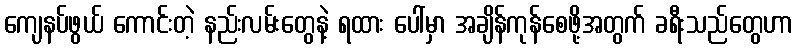
ကျေနပ်ဖွယ် ကောင်းတဲ့ နည်းလမ်းတွေနဲ့ ရထား ပေါ်မှာ အချိန်ကုန်စေဖို့အတွက် ခရီးသည်တွေဟာ